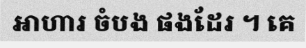
អាហារ ចំបង ផងដែរ ។ គេ